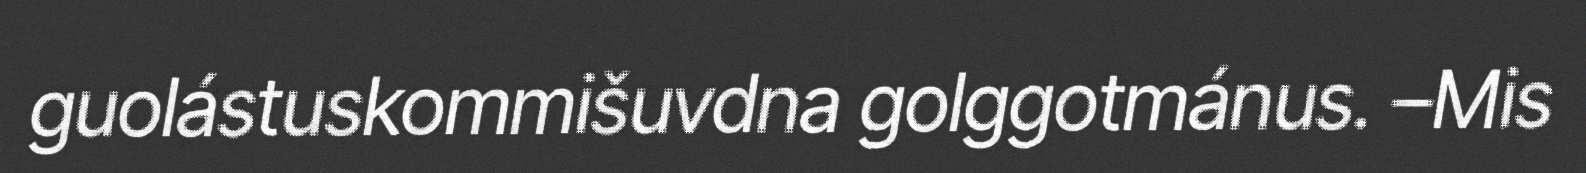
guolástuskommišuvdna golggotmánus. –Mis